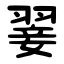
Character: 翣